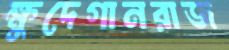
ক্ষুদেগানরাজ